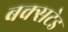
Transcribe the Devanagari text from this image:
बक्सटेड